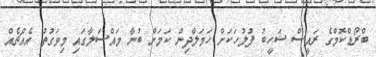
ބްރޯޑްކޮމްގެ ރައީސް ޝަހީބު ފުލުހަކަށް ހަމަލާދިން ކަމަށް ބުނާ މައްސަލާގައި މިވަގުތު އެއްޗެއް